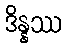
ဒိန္နဿ